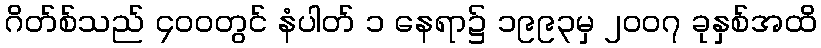
ဂိတ်စ်သည် ၄၀၀တွင် နံပါတ် ၁ နေရာ၌ ၁၉၉၃မှ ၂၀၀၇ ခုနှစ်အထိ